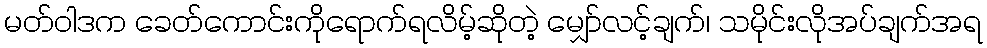
မတ်ဝါဒက ခေတ်ကောင်းကိုရောက်ရလိမ့်ဆိုတဲ့ မျှော်လင့်ချက်၊ သမိုင်းလိုအပ်ချက်အရ